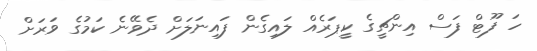
ހަ ފޫޓް ފަސް އިންޗީގެ ކީޕަރެއް ލައިގެން ފައިނަލަށް ދެވޭނެ ކަމުގެ ވަރަށް